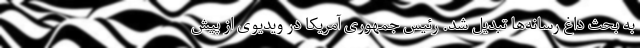
به بحث داغ رسانه‌ها تبدیل شد. رئیس جمهوری آمریکا در ویدیوی از پیش